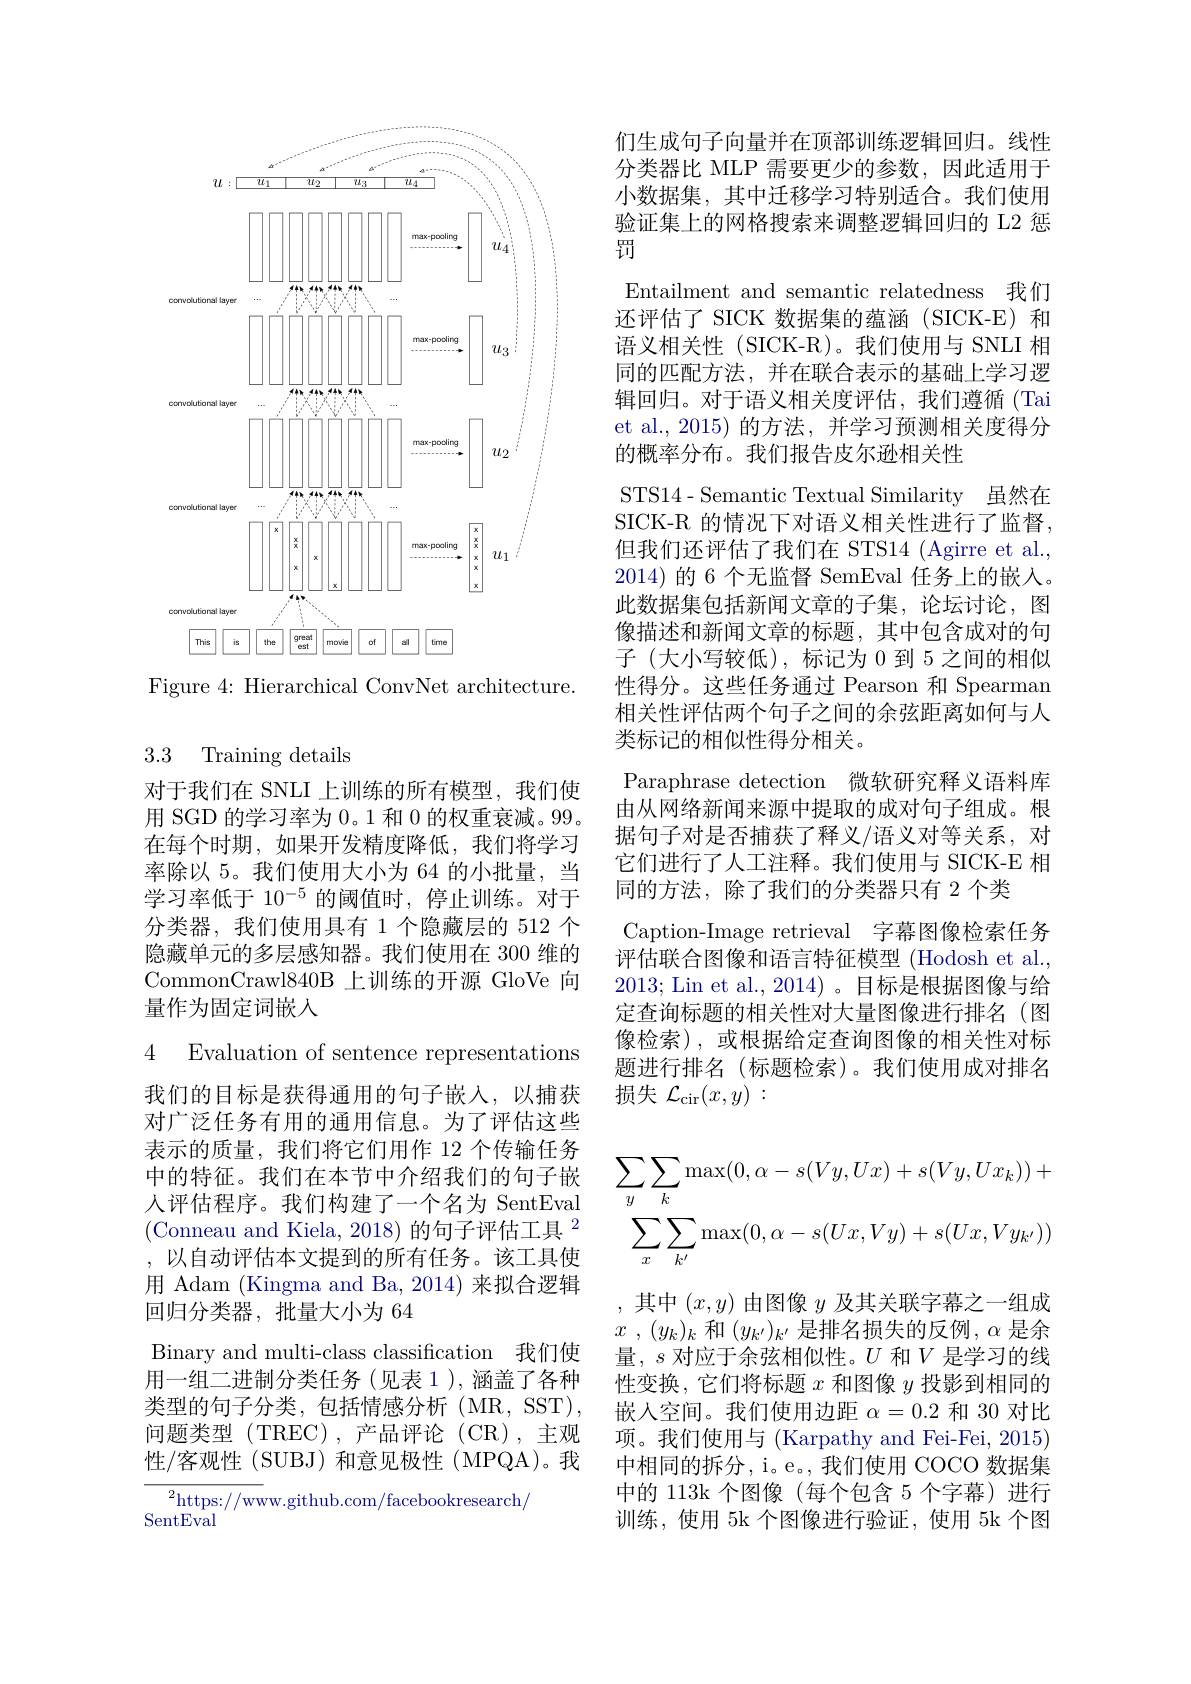
<FigureHere>
Figure 4: Hierarchical ConvNet architecture.

## 3.3 Training details

对于我们在 SNLI 上训练的所有模型，我们使用 SGD 的学习率为 0。1 和 0 的权重衰减。99。在每个时期，如果开发精度降低，我们将学习率除以 5。我们使用大小为 64 的小批量，当学习率低于 10$^-5$的阈值时，停止训练。对于分类器，我们使用具有 1 个隐藏层的 512 个隐藏单元的多层感知器。我们使用在 300 维的CommonCrawl840B 上训练的开源 GloVe 向量作为固定词嵌人

4 Evaluation of sentence representations

我们的目标是获得通用的句子嵌入，以捕获对广泛任务有用的通用信息。为了评估这些表示的质量，我们将它们用作 12 个传输任务中的特征。我们在本节中介绍我们的句子嵌人评估程序。我们构建了一个名为 SentEval (Conneau and Kiela, 2018)的句子评估工具$^2$ ,以自动评估本文提到的所有任务。该工具使用 Adam (Kingma and Ba, 2014) 来拟合逻辑回归分类器，批量大小为 64
Binary and multi-class classification 我们使用一组二进制分类任务(见表1),涵盖了各种类型的句子分类，包括情感分析(MR,SST), 问题类型(TREC),产品评论(CR),主观性/客观性 (SUBJ) 和意见极性 (MPQA)。我${{^{2}\mathrm{https://ww}}}$w.github.com/facebookresearch/

SentEval

们生成句子向量并在顶部训练逻辑回归。线性分类器比 MLP 需要更少的参数，因此适用于小数据集，其中迁移学习特别适合。我们使用验证集上的网格搜索来调整逻辑回归的 L2 惩罚
Entailment and semantic relatedness 我们还评估了 SICK 数据集的蕴涵 (SICK-E)和语义相关性(SICK-R)。我们使用与 SNLI 相同的匹配方法，并在联合表示的基础上学习逻辑回归。对于语义相关度评估，我们遵循(Tai et al.,2015)的方法，并学习预测相关度得分的概率分布。我们报告皮尔逊相关性
STS14- Semantic Textual Similarity 虽然在SICK-R 的情况下对语义相关性进行了监督， 但我们还评估了我们在 STS14 (Agirre et al., 2014)的6个无监督 SemEval 任务上的嵌入。此数据集包括新闻文章的子集，论坛讨论，图像描述和新闻文章的标题，其中包含成对的句子(大小写较低),标记为 0 到 5 之间的相似性得分。这些任务通过 Pearson 和 Spearman 相关性评估两个句子之间的余弦距离如何与人类标记的相似性得分相关。
Paraphrase detection 微软研究释义语料库由从网络新闻来源中提取的成对句子组成。根据句子对是否捕获了释义/语义对等关系，对它们进行了人工注释。我们使用与 SICK-E 相同的方法，除了我们的分类器只有 2 个类
Caption-Image retrieval 字幕图像检索任务评估联合图像和语言特征模型 (Hodosh et al., 2013; Lin et al., 2014)。目标是根据图像与给定查询标题的相关性对大量图像进行排名(图像检索),或根据给定查询图像的相关性对标题进行排名(标题检索)。我们使用成对排名损失$\mathcal{L}_\mathrm{cir}(x,y):$
$$\sum_{y}\sum_{k}\max(0,\alpha-s(Vy,Ux)+s(Vy,Ux_{k}))+\\\sum_{x}\sum_{k^{\prime}}\max(0,\alpha-s(Ux,Vy)+s(Ux,Vy_{k^{\prime}}))$$
,其中$(x,y)$由图像$y$及其关联字幕之一组成$x$ , $( y_k) _k$和$(y_k^{\prime})_k^{\prime}$是排名损失的反例$,\alpha$是余量，$s$对应于余弦相似性。$U$和$V$是学习的线性变换，它们将标题$x$和图像$y$投影到相同的嵌人空间。我们使用边距$\alpha=0.2$和 30 对比项。我们使用与 (Karpathy and Fei-Fei, 2015) 中相同的拆分，i。e。, 我们使用 COCO 数据集中的 113k 个图像(每个包含 5 个字幕)进行训练，使用 5k 个图像进行验证，使用 5k 个图